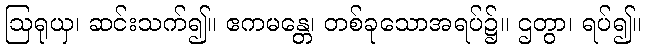
ဩရုယှ၊ ဆင်းသက်၍။ ဧကမန္တေ၊ တစ်ခုသောအရပ်၌။ ဌတွာ၊ ရပ်၍။